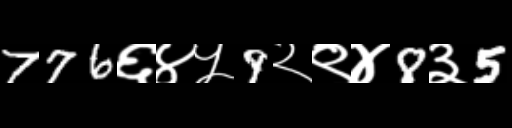
Text: 776६४५9२९४8३5